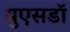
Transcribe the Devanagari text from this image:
युएसडॉ